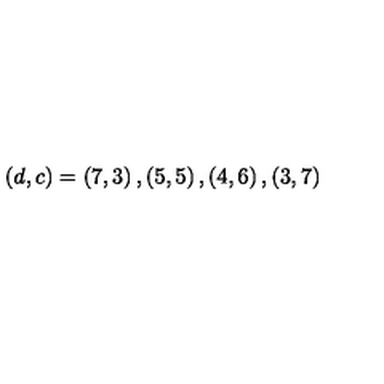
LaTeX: ( d , c ) = \left( 7 , 3 \right) , \left( 5 , 5 \right) , \left( 4 , 6 \right) , \left( 3 , 7 \right)